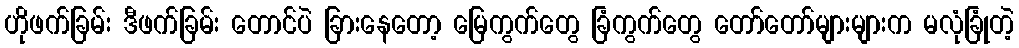
ဟိုဖက်ခြမ်း ဒီဖက်ခြမ်း တောင်ပဲ ခြားနေတော့ မြေကွက်တွေ ခြံကွက်တွေ တော်တော်များများက မလုံခြုံတဲ့